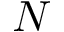
N